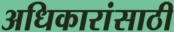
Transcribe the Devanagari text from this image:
अधिकारांसाठी